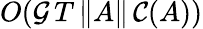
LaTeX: O(\mathcal{G}\, T\, \| A\| \, \mathcal{C}(A))